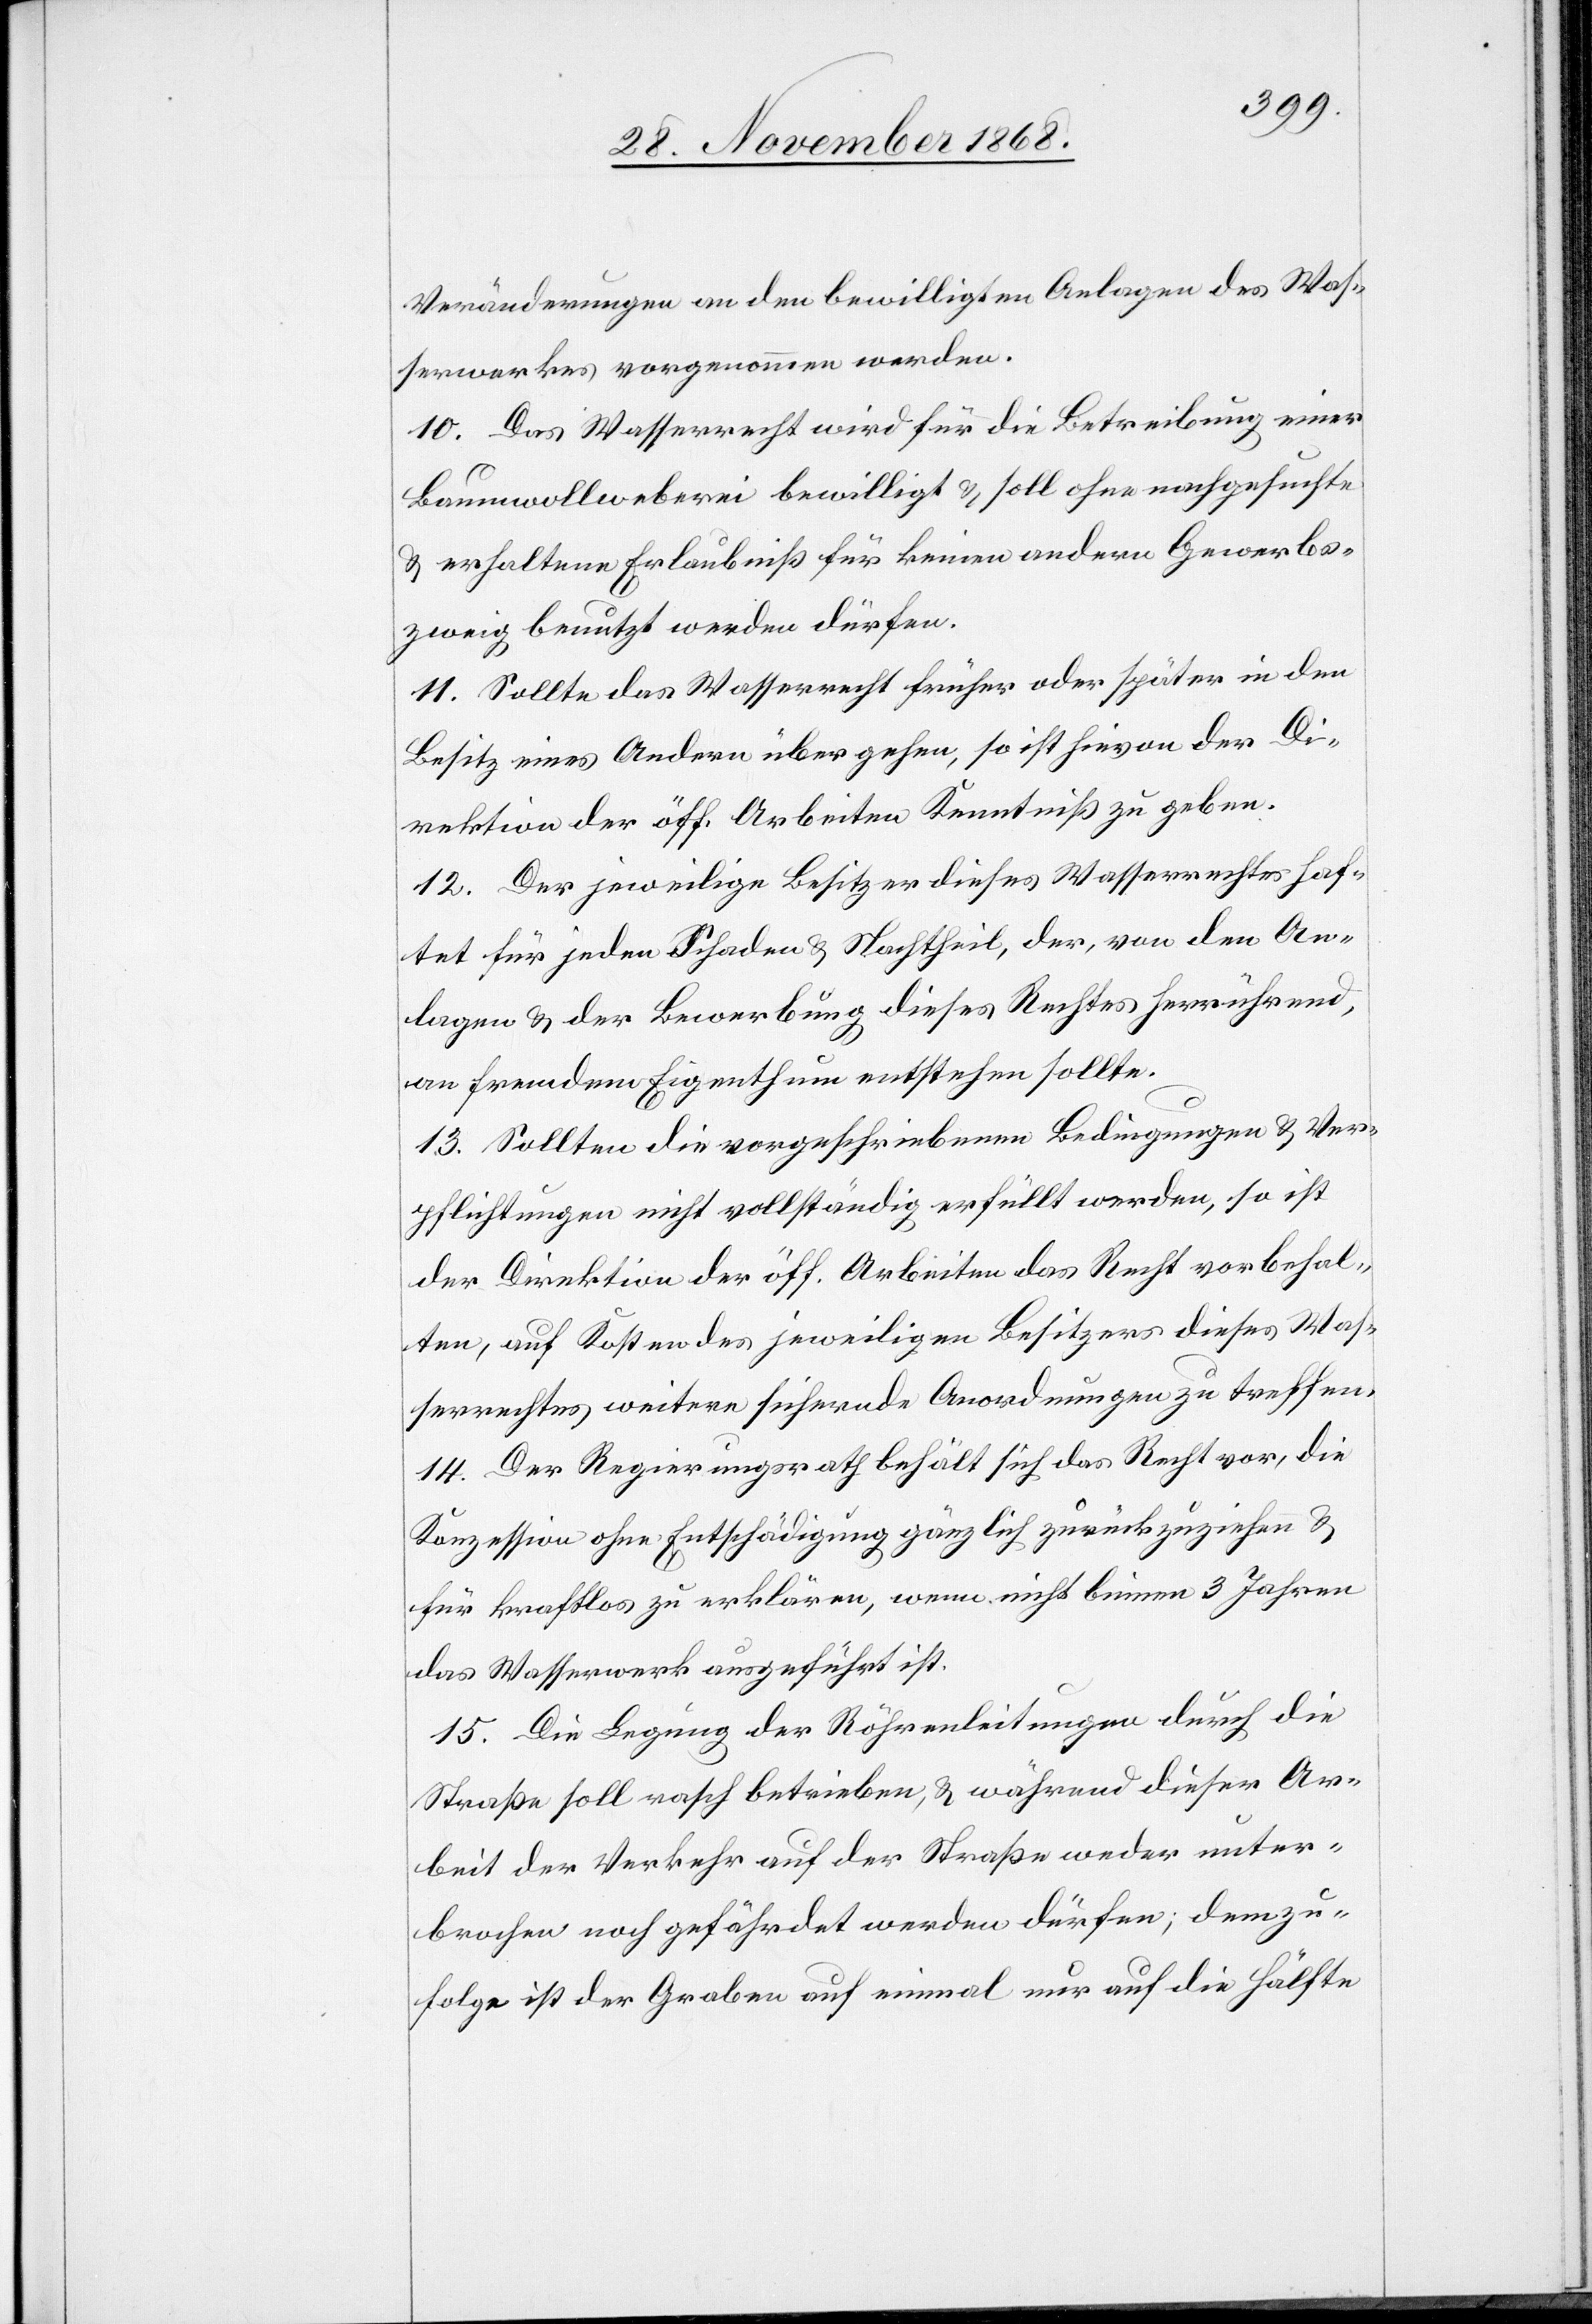
Veränderungen an den bewilligten Anlagen des Was¬
serwerkes vorgenommen werden.
10. Das Wasserrecht wird für die Betreibung einer
Baumwollweberei bewilligt & soll ohne nachgesuchte
& erhaltene Erlaubniß für keinen andern Gewerbs¬
zweig benutzt werden dürfen.
11. Sollte das Wasserrecht früher oder später in den
Besitz eines Andern übergehen, so ist hievon der Di¬
rektion der öff. Arbeiten Kenntniß zu geben.
12. Der jeweilige Besitzer dieses Wasserrechtes haf¬
tet für jeden Schaden & Nachtheil, der, von den An¬
lagen & der Bewerbung dieses Rechtes herrührend,
an fremdem Eigenthum entstehen sollte.
13. Sollten die vorgeschriebenen Bedingungen & Ver¬
pflichtungen nicht vollständig erfüllt werden, so ist
der Direktion der öff. Arbeiten das Recht vorbehal¬
ten, auf Kosten des jeweiligen Besitzers dieses Was¬
serrechtes weitere sichernde Anordnungen zu treffen.
14. Der Regierungsrath behält sich das Recht vor, die
Konzession ohne Entschädigung gänzlich zurückzuziehen &
für kraftlos zu erklären, wenn nicht binnen 3 Jahren
das Wasserwerk ausgeführt ist.
15. Die Legung der Röhrenleitungen durch die
Straße soll rasch betrieben, & während dieser Ar¬
beit der Verkehr auf der Straße weder unter¬
brochen noch gefährdet werden dürfen; demzu¬
folge ist der Graben auf einmal nur auf die Hälfte